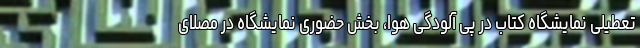
تعطیلی نمایشگاه کتاب در پی آلودگی هوا، بخش حضوری نمایشگاه در مصلای